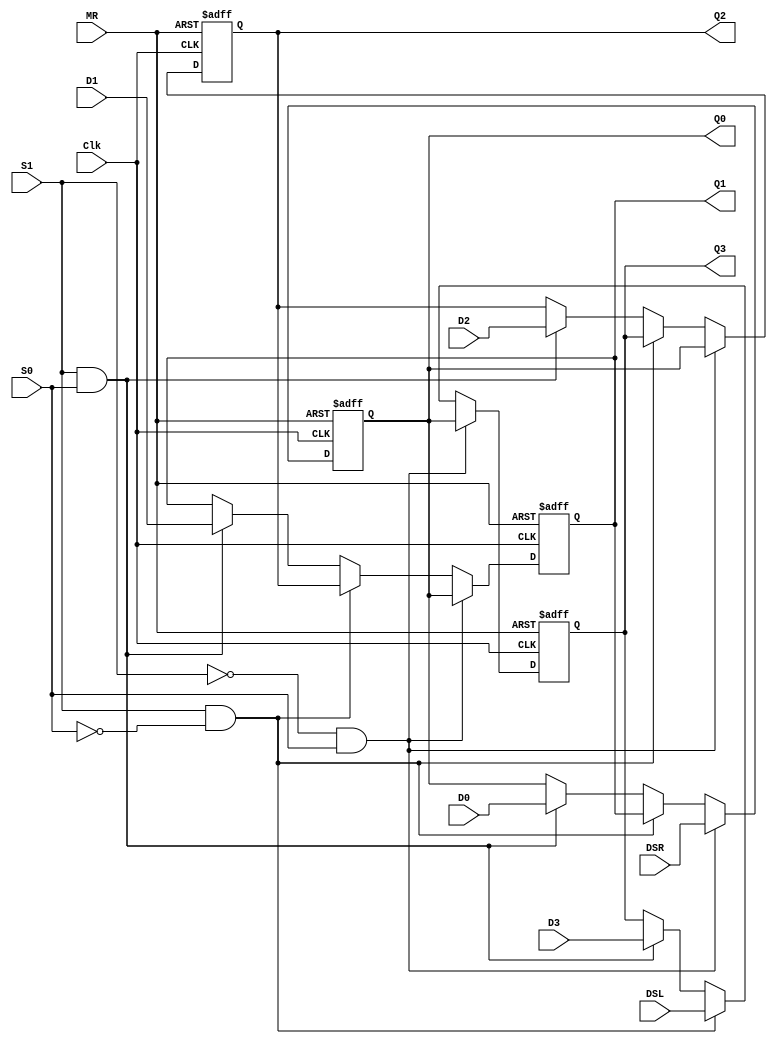
module HC_194(MR, S1, S0, Clk, DSR, DSL, D0, D1, D2, D3, Q0, Q1, Q2, Q3);

	input MR, S1, S0, Clk, DSR, DSL, D0, D1, D2, D3;
	output Q0, Q1, Q2, Q3;
	
	reg Q0, Q1, Q2, Q3;
		
	always@(negedge MR or posedge Clk)
		begin
			if(MR == 0)
				begin Q0 = 0; Q1 = 0; Q2 = 0; Q3 = 0; end
			else
				begin
					if(S1 == 0 && S0 == 1)
						begin Q1 = Q0; Q2 = Q1; Q3 = Q2; Q0 = DSR; end
					else if(S1 == 1 && S0 == 0)
						begin Q0 = Q1; Q1 = Q2; Q2 = Q3; Q3 = DSL; end
					else if(S1 == 1 && S0 == 1)
						begin Q0 = D0; Q1 = D1; Q2 = D2; Q3 = D3; end						
				end
		end

endmodule